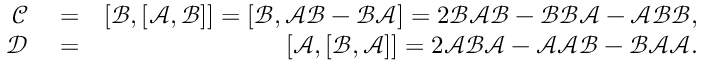
\begin{array} { r l r } { \mathcal { C } } & { { } = } & { [ \mathcal { B } , [ \mathcal { A } , \mathcal { B } ] ] = [ \mathcal { B } , \mathcal { A } \mathcal { B } - \mathcal { B } \mathcal { A } ] = 2 \mathcal { B } \mathcal { A } \mathcal { B } - \mathcal { B } \mathcal { B } \mathcal { A } - \mathcal { A } \mathcal { B } \mathcal { B } , } \\ { \mathcal { D } } & { { } = } & { [ \mathcal { A } , [ \mathcal { B } , \mathcal { A } ] ] = 2 \mathcal { A } \mathcal { B } \mathcal { A } - \mathcal { A } \mathcal { A } \mathcal { B } - \mathcal { B } \mathcal { A } \mathcal { A } . } \end{array}